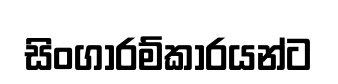
සිංගාරම්කාරයන්ට